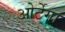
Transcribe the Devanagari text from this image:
ओर्टेगा